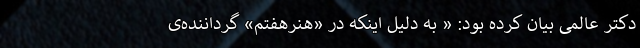
دکتر عالمی بیان کرده بود: « به دلیل اینکه در «هنرهفتم» گرداننده‌ی